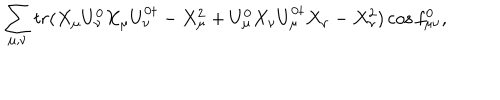
\sum _ { \mu , \nu } { t r ( X _ { \mu } U _ { \nu } ^ { 0 } X _ { \mu } U _ { \nu } ^ { 0 \dagger } - X _ { \mu } ^ { 2 } + U _ { \mu } ^ { 0 } X _ { \nu } U _ { \mu } ^ { 0 \dagger } X _ { \nu } - X _ { \nu } ^ { 2 } ) \cos { f _ { \mu \nu } ^ { 0 } } } ,